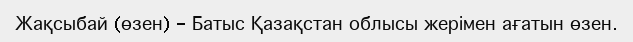
Жақсыбай (өзен) - Батыс Қазақстан облысы жерімен ағатын өзен.